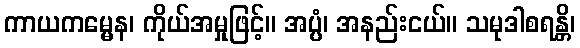
ကာယကမ္မေန၊ ကိုယ်အမှုဖြင့်။ အပ္ပံ၊ အနည်းငယ်။ သမုဒါစရန္တိ၊